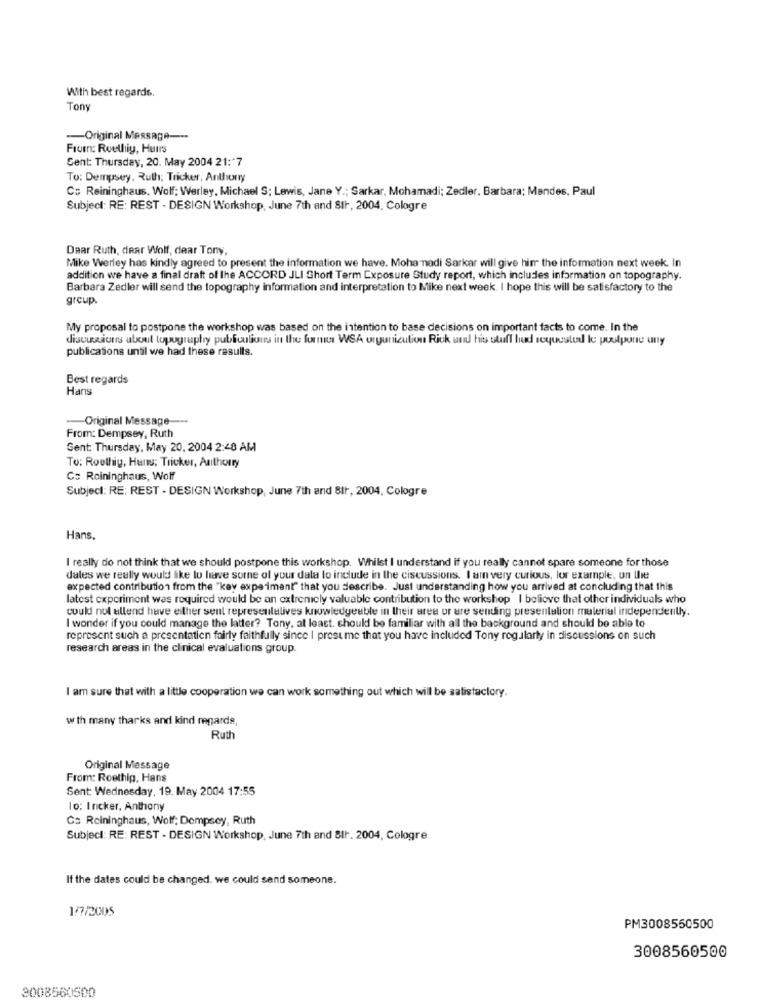
With best regards.
Tony
-- Original Message ---
From: Roethig, Huurs
Sent: Thursday, 20. May 2004 21:"7
To: Dempsey, Ruth; Tricker, Anthony
Co Reininghaus, Wolf: Werley, Michael S; Lewis, Jane Y .; Sarkar, Mohamadi; Zedler, Barbara; Mandes, Paul
Subject: RE: REST - DESIGN Workshop, June 7th and SIF, 2004. Cologre
Daar Ruth, dear Wolf, dear Tony,
Mike Werley has kindly agreed to present the information we have. Moha nadi Sarkar will give him the information next week. In
addition we have a final draft of the ACCORD JLI Short Term Exposure Study report, which includes information on topography.
Barbara Zedler will send the topography information and interpretation to Mike next week. I hope this will be satisfactory to the
group.
My proposal to postpone the workshop was based on the intention to base decisions on important facts to come. In the
discussions about topography publiculions in the former WSA urgunizution Rick and his stuff hud requested le postpone any
publications until we had these results.
Best regards
Hans
-- Original Message-
From: Dempsey, Ruth
Sent: Thursday, May 20, 2004 2:48 AM
To: Roethig, Hans; Tricker, Anthorry
G: Roininghaus, Wolf
Subject: RE: REST - DESIGN Workshop, June 7th and 811, 2004, Cologre
Hans,
I really do not think that we should postpone this workshop. Whilst I understand if you really cannot spare someone for those
dales we really would like to have some of your data to include in the ciscussions. I am very curious, for example, on the
expected contribution from the "key expeimant" that you describe. Just understanding how you arrived at concluding that this
latest experiment was required would be an extrenicly valuable contribution to the workshop I believe that other individuals who
could not allend have either sent representalives knowledgeable in their area or are sending presentation material independently.
I wonder if you could manage the latter? Tony, at least. chould be familiar with all the background and should be able to
represent such a presentation fairly faithfully since I prest me that you have included Tony regularly in discussions on such
research areas in the clinical evaluations group.
I am sure that with a little cooperation we can work something out which will be satisfactory.
w th many thanks and kind regards
Ruth
Original Message
From: Roethig, Hans
Sent: Wednesday, 19. May 2004 17:55
lo: I nicker, Anthony
Cs Reininghaus, Wolf; Dempsey, Ruth
Subject: RE: REST - DESIGN Workshop, June 7th and 811. 2004, Cologre
If the dates could be changed. we could send someone.
1/7/2005
PM3008560500
3008560500
8008560500